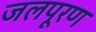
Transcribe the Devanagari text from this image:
जलपूरण